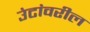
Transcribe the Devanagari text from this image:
उंटांवरील